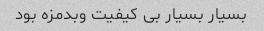
بسیار بسیار بی کیفیت وبدمزه بود